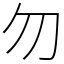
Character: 勿